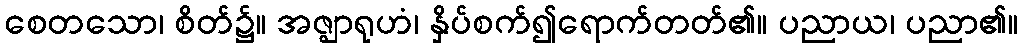
စေတသော၊ စိတ်၌။ အဇ္ဈာရုဟံ၊ နှိပ်စက်၍ရောက်တတ်၏။ ပညာယ၊ ပညာ၏။